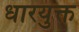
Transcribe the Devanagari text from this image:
धारयुक्त